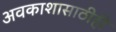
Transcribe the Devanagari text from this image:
अवकाशासाठीही